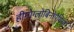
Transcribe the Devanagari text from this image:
हीमोग्लोबिनोपैथियां